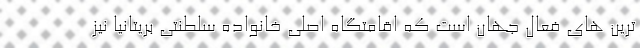
ترین های فعال جهان است که اقامتگاه اصلی خانواده سلطنتی بریتانیا نیز